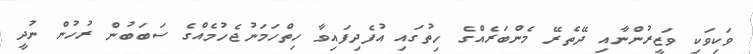
ވަކިވަކި ވަޒީރުންނާއި ދޭތެރޭ މެންބަރެއްގެ ހިތުގައި އުފެދިފައިވާ ހިތްހަމަނުޖެހުމެއްގެ ސަބަބުން ރުހުން ނުދީ